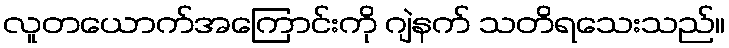
လူတယောက်အကြောင်းကို ဂျဲနက် သတိရသေးသည်။